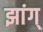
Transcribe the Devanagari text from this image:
झांग्